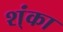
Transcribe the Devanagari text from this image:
श्ंका